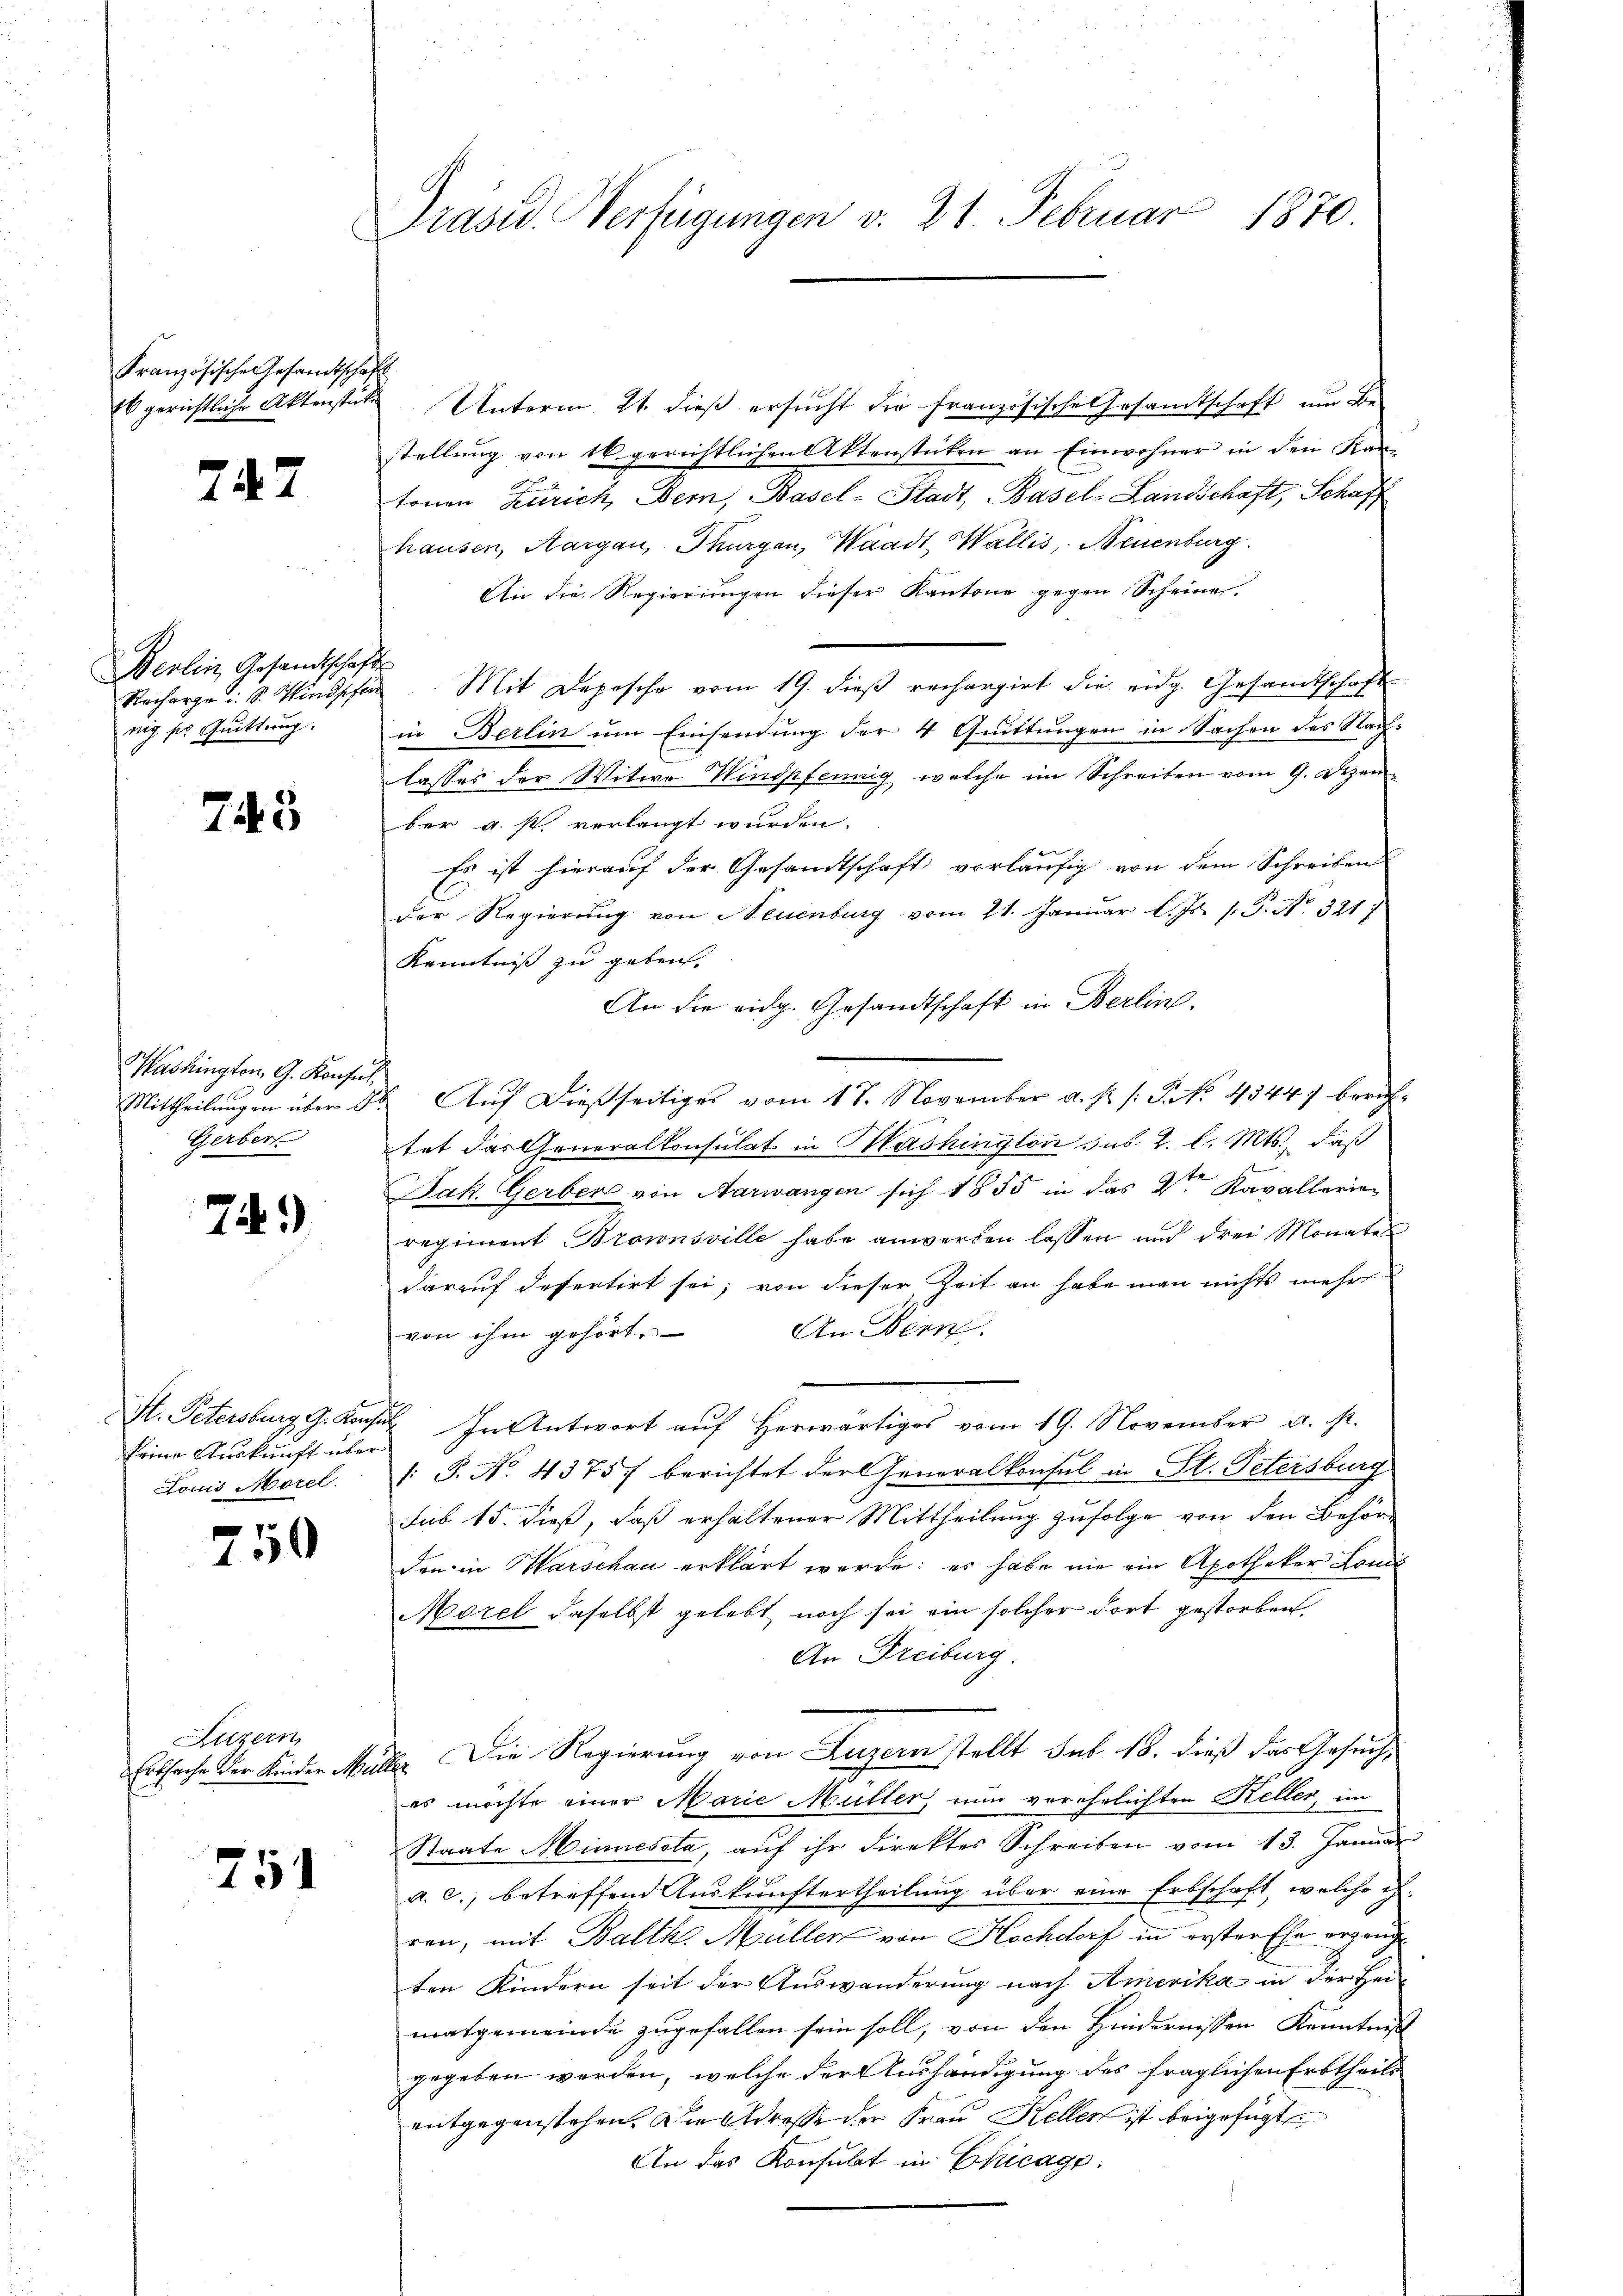
Französische Gesandtschaft
Es gerichtliche Aktenstäti

247

d
erlin Gesandtschaf
Recharge u. S. Mindsfe
nig ses Guttrug.

743

Washington, G. Konsul
Mittheilungen über d
Gerber

T9)

St. Petersburg, G. Kons.
keine Auskunft über
Louis Morel

7
100

Luzern
Ertsache der Kinder Mu

751

Präsid. Verfügungen v. 21. Februar 1870

Unterm 21. dieß ersucht die Französische Gesamtschaft um Be-
stellung von 16. gerichtlichen Aktenstücken an Einwohner in den Kan-
tonen Zürich, Bern, Basel-Stadt, Basel-Landschaft, Schaff
hausen, Aargau, Thurgau, Waadt, Wallis, Neuenburg
An die Regierŭngen dieser Kantone gegen Scheine.
Mit Depesche vom 19. dieß rechargirt die eidg. Gesandtschaft
in Berlin um Einsendung der 4 Quittungen in Sachen des Nach-
lasses der Witwe Windpfennig, welche im Schreiben vom 9. Dezember a. f. verlangt wurden.
Es ist hierauf der Gesandtschaft vorläufig von dem Schreiben
der Regierung von Neuenburg vom 21. Januar l. Js. s. P. N. 321 f
Kenntniss zu geben.
An die eidg. Gesandtschaft in Berlin,
Auf dießseitiges vom 17. November a. p. s. S. 4344) berichtet das Generalkonsulat in Mashington sus. 2. l. Mts., daß
d
e
Jak. Gerber von Aarwangen sich 1855 in das V. Kavallerinn
regiment Brownsville habe anwerben lassen und drei Monates
darauf defertirt sei; von dieser Zeit an habe man nichts mehr
An Bern
von ihm gehört.
In Antwort auf Herwärtiges vom 19. November u. s.
/: P. N. 4375 berichtet der Generalkonsul in St. Petersburg
sub 15. dieß, daß erhaltener Mittheilung zufolge von den Behörden in Marschau erklärt werde; es habe nie ein Apotheker Lande
Morel daselbst gelebt, noch sei ein solcher dort gestorben,
An Freiburg.
. Die Regierung von Luzern stellt sub 18. dieß das Gesuches möchte einer Marie Mutter nun verehelichten Keller, im
Staate Minnesala, auf ihr direktes Schreiben vom 13. Januar
a. c., betreffend Auskunftertheilung über eine Erbschaft, welche u.
ren, mit Balth. Müller von Hochdorf in erster Ehe erzeugten Kindern seit der Auswanderung nach Amerika in der Hei-
matgemeinde zugefallen sein soll, von den Hindernissen Kenntniß
gegeben werden, welche der Aushändigung des fraglichen Erbtheils
entgegenstehen. Die Adresse der Frau Kellen ist beigefügt
An das Konsulat in Chicage.